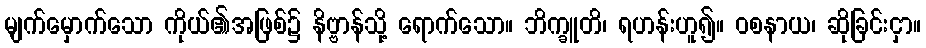
မျက်မှောက်သော ကိုယ်၏အဖြစ်၌ နိဗ္ဗာန်သို့ ရောက်သော။ ဘိက္ခူတိ၊ ရဟန်းဟူ၍။ ဝစနာယ၊ ဆိုခြင်းငှာ။